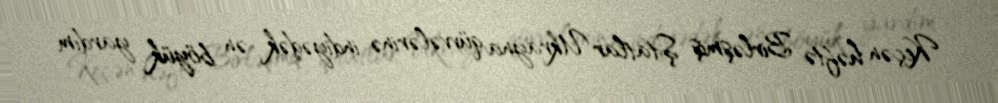
Keçən həftə Birləşmiş Ştatlar Ukrayna qüvvələrinə indiyədək ən böyük yardım